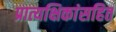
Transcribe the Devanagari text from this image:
प्रात्यक्षिकांसहित